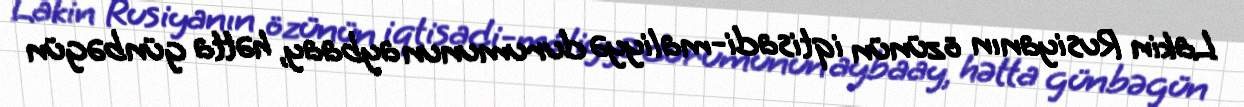
Lakin Rusiyanın özünün iqtisadi-maliyyə durumunun aybaay, hətta günbəgün